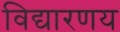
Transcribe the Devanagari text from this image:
विद्यारणय